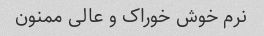
نرم خوش خوراک و عالی ممنون